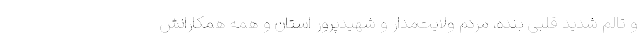
و تالم شدید قلبی بنده، مردم ولایت‌مدار و شهیدپرور استان و همه همکارانش